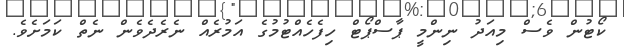
ކޯޓުން ވެސް މިއަދު ނިންމީ ޕާސްޕޯޓް ހިފެހެއްޓުމުގެ އަމުރެއް ނެރެދެވެން ނެތް ކަމަށެވެ.